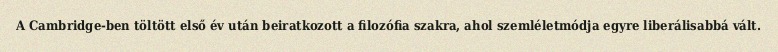
A Cambridge-ben töltött első év után beiratkozott a filozófia szakra, ahol szemléletmódja egyre liberálisabbá vált.